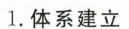
1.体系建立